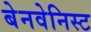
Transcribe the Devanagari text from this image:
बेनवेनिस्ट